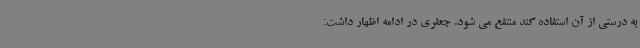
به درستی از آن استفاده کند منتفع می شود. جعفری در ادامه اظهار داشت: